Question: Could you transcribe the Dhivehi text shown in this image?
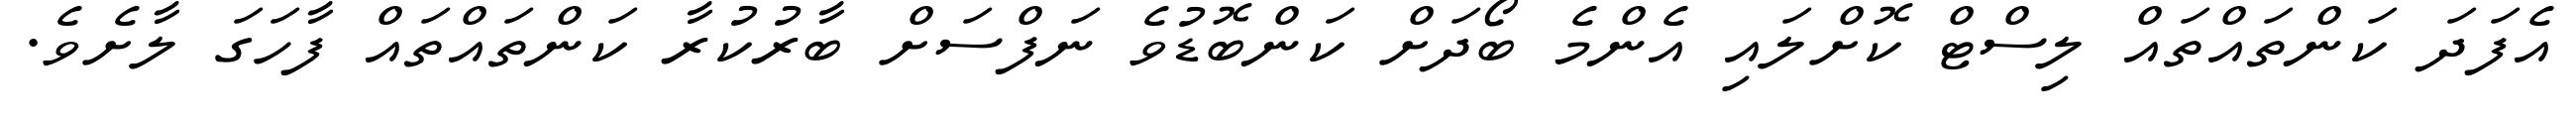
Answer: އެފަދަ ކަންތައްތައް ލިސްޓް ކޮށްލައި އެންމެ ބޯދަށް ކަންބޮޑުވެ ނަފްސަށް ބާރުކުރާ ކަންތައްތައް ފާހަގަ ލާށެވެ.